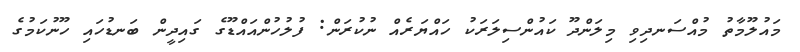
މައުލޫމާތު މުއްސަނދިވި މިލަންދޫ ކައުންސިލަރަކު ހައްޔަރެއް ނުކުރަން: ފުލުހުންއައްޑޫގެ ގައިދީން ބަނޑުހައި ހޫނުކަމުގެ